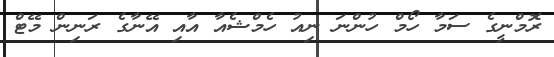
ރޮމްނީގެ ސަމާ ހޯމް ހުންނަ ނިއު ހެމްޝެއާ އާއި އޭނާގެ ރަނިން މޭޓް